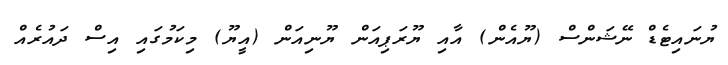
ޔުނައިޓެޑް ނޭޝަންސް (ޔޫއެން) އާއި ޔޫރަޕިއަން ޔޫނިއަން (އީޔޫ) މިކަމުގައި އިސް ދައުރެއް